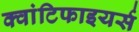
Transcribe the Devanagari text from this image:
क्वांटिफाइयर्स